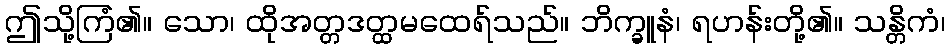
ဤသို့ကြံ၏။ သော၊ ထိုအတ္တဒတ္ထမထေရ်သည်။ ဘိက္ခူနံ၊ ရဟန်းတို့၏။ သန္တိကံ၊